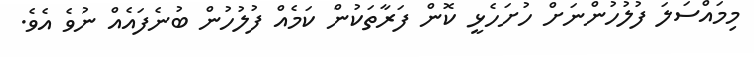
މިމައްސަލަ ފުލުހުންނަށް ހުށަހެޅީ ކޮން ފަރާތަކުން ކަމެއް ފުލުހުން ބުނެފައެއް ނުވެ އެވެ.